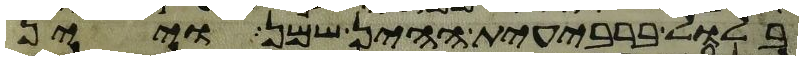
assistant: בלול ברבעית ההין שמן ויין